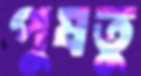
পুষতু